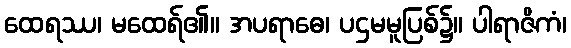
ထေရဿ၊ မထေရ်၏။ အပရာဓေ၊ ပဌမမူပြစ်၌။ ပါရာဇိကံ၊